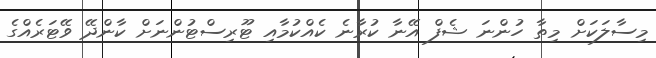
މިސާލަކަށް މިތާ ހުންނަ ޝެފް އޭނާ ކުރާނެ ކެއްކުމާއި ޓޫރިސްޓުންނަށް ކާންދޭ ވޭޓަރެއްގެ